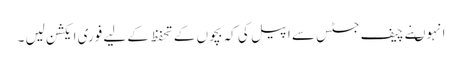
انہوںنے چیف جسٹس سے اپیل کی کہ بچوں کے تحفظ کے لیے فوری ایکشن لیں ۔